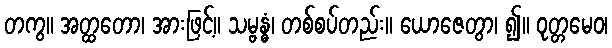
တကွ။ အတ္ထတော၊ အားဖြင့်။ သမ္ဗန္ဓံ၊ တစ်စပ်တည်း။ ယောဇေတွာ၊ ၍။ ဝုတ္တမေဝ၊